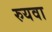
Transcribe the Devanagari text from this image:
रुयवा